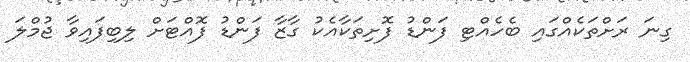
ގިނަ ރަށްތަކެއްގައި ބެހެއްޓި ފަންޑު ފޮށިތަކާއެކު ގާޒާ ފަންޑު ފޮއްޓަށް ލިބިފައިވާ ޖުމްލަ